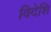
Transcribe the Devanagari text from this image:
विदेशि